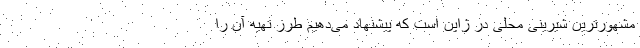
مشهورترین شیرینی محلی در ژاپن است که پیشنهاد می‌دهیم طرز تهیه آن را